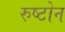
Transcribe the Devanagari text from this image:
रुष्टोन